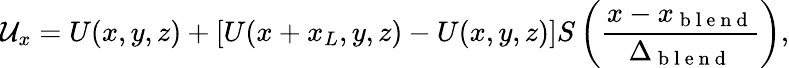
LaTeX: \mathcal{U}_{x}=U(x,y,z)+[U(x+x_{L},y,z)-U(x,y,z)]S\left(\frac{x-x_{\mathrm{~b~l~e~n~d~}}}{\Delta_{\mathrm{~b~l~e~n~d~}}}\right),